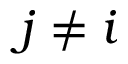
j \neq i